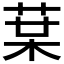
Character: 𰱒